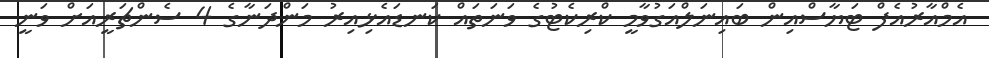
އެމްއާރުއެފް ޓަޔާސްއިން ބައިނަލްއަގުވާމީ ކްރިކެޓުގެ ވަނަތައް ކަނޑައެޅިއިރު މަންދަނާގެ 4 ސެންޗަރީއަށް ވަނީ